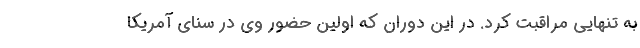
به تنهایی مراقبت کرد. در این دوران که اولین حضور وی در سنای آمریکا